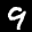
Label: 9